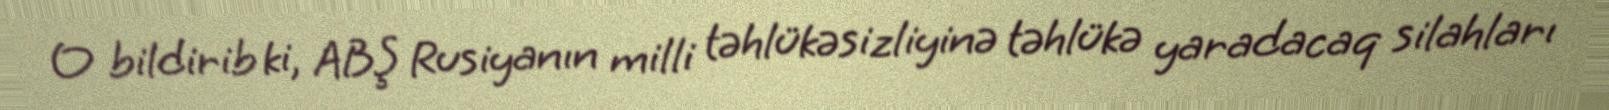
O bildirib ki, ABŞ Rusiyanın milli təhlükəsizliyinə təhlükə yaradacaq silahları